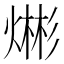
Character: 𪹡